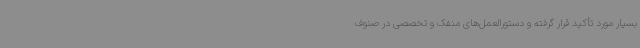
بسیار مورد تأکید قرار گرفته و دستورالعمل‌های منفک و تخصصی در صنوف